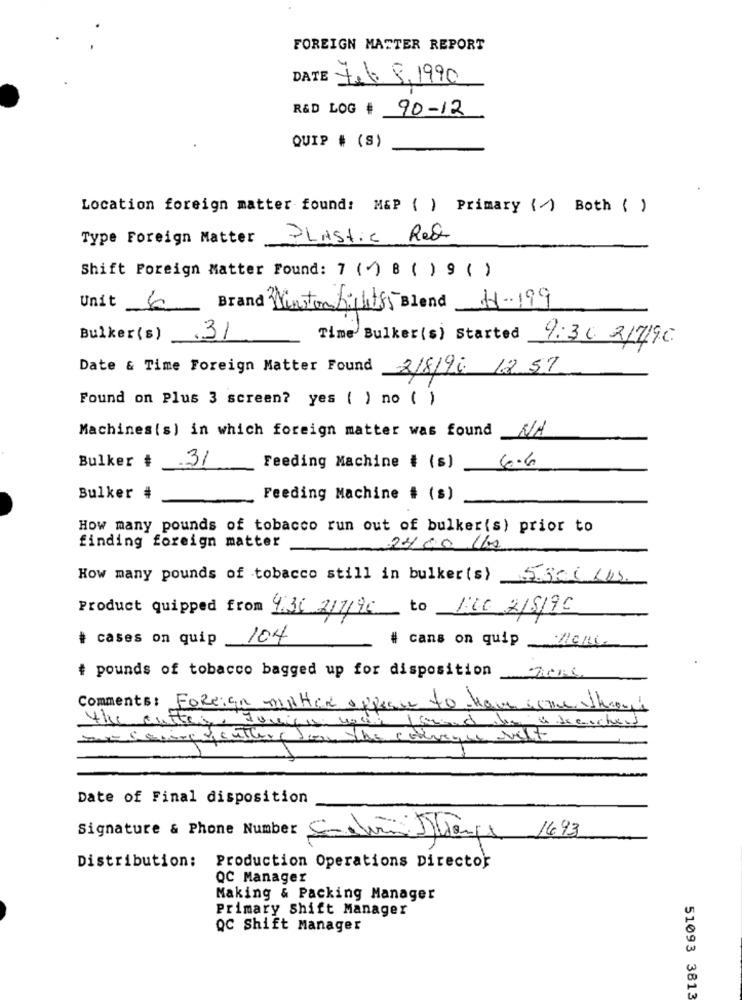
FOREIGN MATTER REPORT
DATE
tel. 9.1990
R&D LOG # 90-12
QUIP # (S)
Location foreign matter found: M&P ( ) Primary () Both ( )
Type Foreign Matter
PLAStic Red
Shift Foreign Matter Found: 7 ( ) B ( ) 9 ( )
4 Brand WinstonLight85 Blend 1-199
Unit
Bulker(s) 31
Time Bulker(s) Started 9:30 217/96
Date & Time Foreign Matter Found 218196 12 57
Found on Plus 3 screen? yes ( ) no ( )
Machines(s) in which foreign matter was found N/A
Bulker # 31
Feeding Machine # (s) 6.6
Bulker #
Feeding Machine # (s)
How many pounds of tobacco run out of bulker(s) prior to
finding foreign matter
24.00 1/2
How many pounds of tobacco still in bulker(s) 5300 645.
Product quipped from 430 2/7/96 to 100 218196
# cases on quip 104
# cans on quip ZC/c.
# pounds of tobacco bagged up for disposition 70
Comments: Foreign matter ofpeace to have come ttioui
the cutter. Junigie wont
sur Capire denthere Je
he couveque vitt
Date of Final disposition
Signature & Phone Number
1693
Distribution: Production Operations Director
QC Manager
Making & Packing Manager
Primary Shift Manager
QC Shift Manager
51093 3813